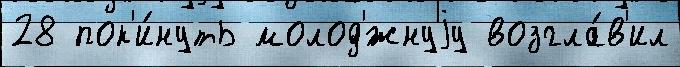
28 пок'и́нуть молод'́жнуjу возгла́в'ил